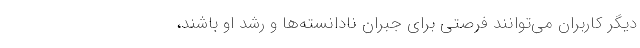
دیگر کاربران می‌توانند فرصتی برای جبران نادانسته‌ها و رشد او باشند،